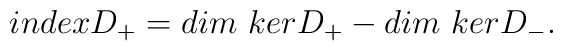
index D_{+} = dim {\ } ker D_{+} - dim {\ } ker D_{-}.